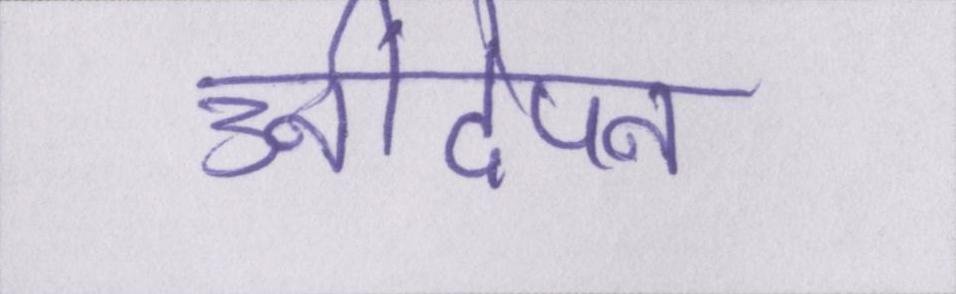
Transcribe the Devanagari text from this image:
उनींदेपन